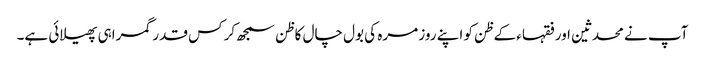
آپ نے محدثین اورفقہاء کے ظن کو اپنے روز مرہ کی بول چال کا ظن سمجھ کر کس قدر گمراہی پھیلائی ہے۔